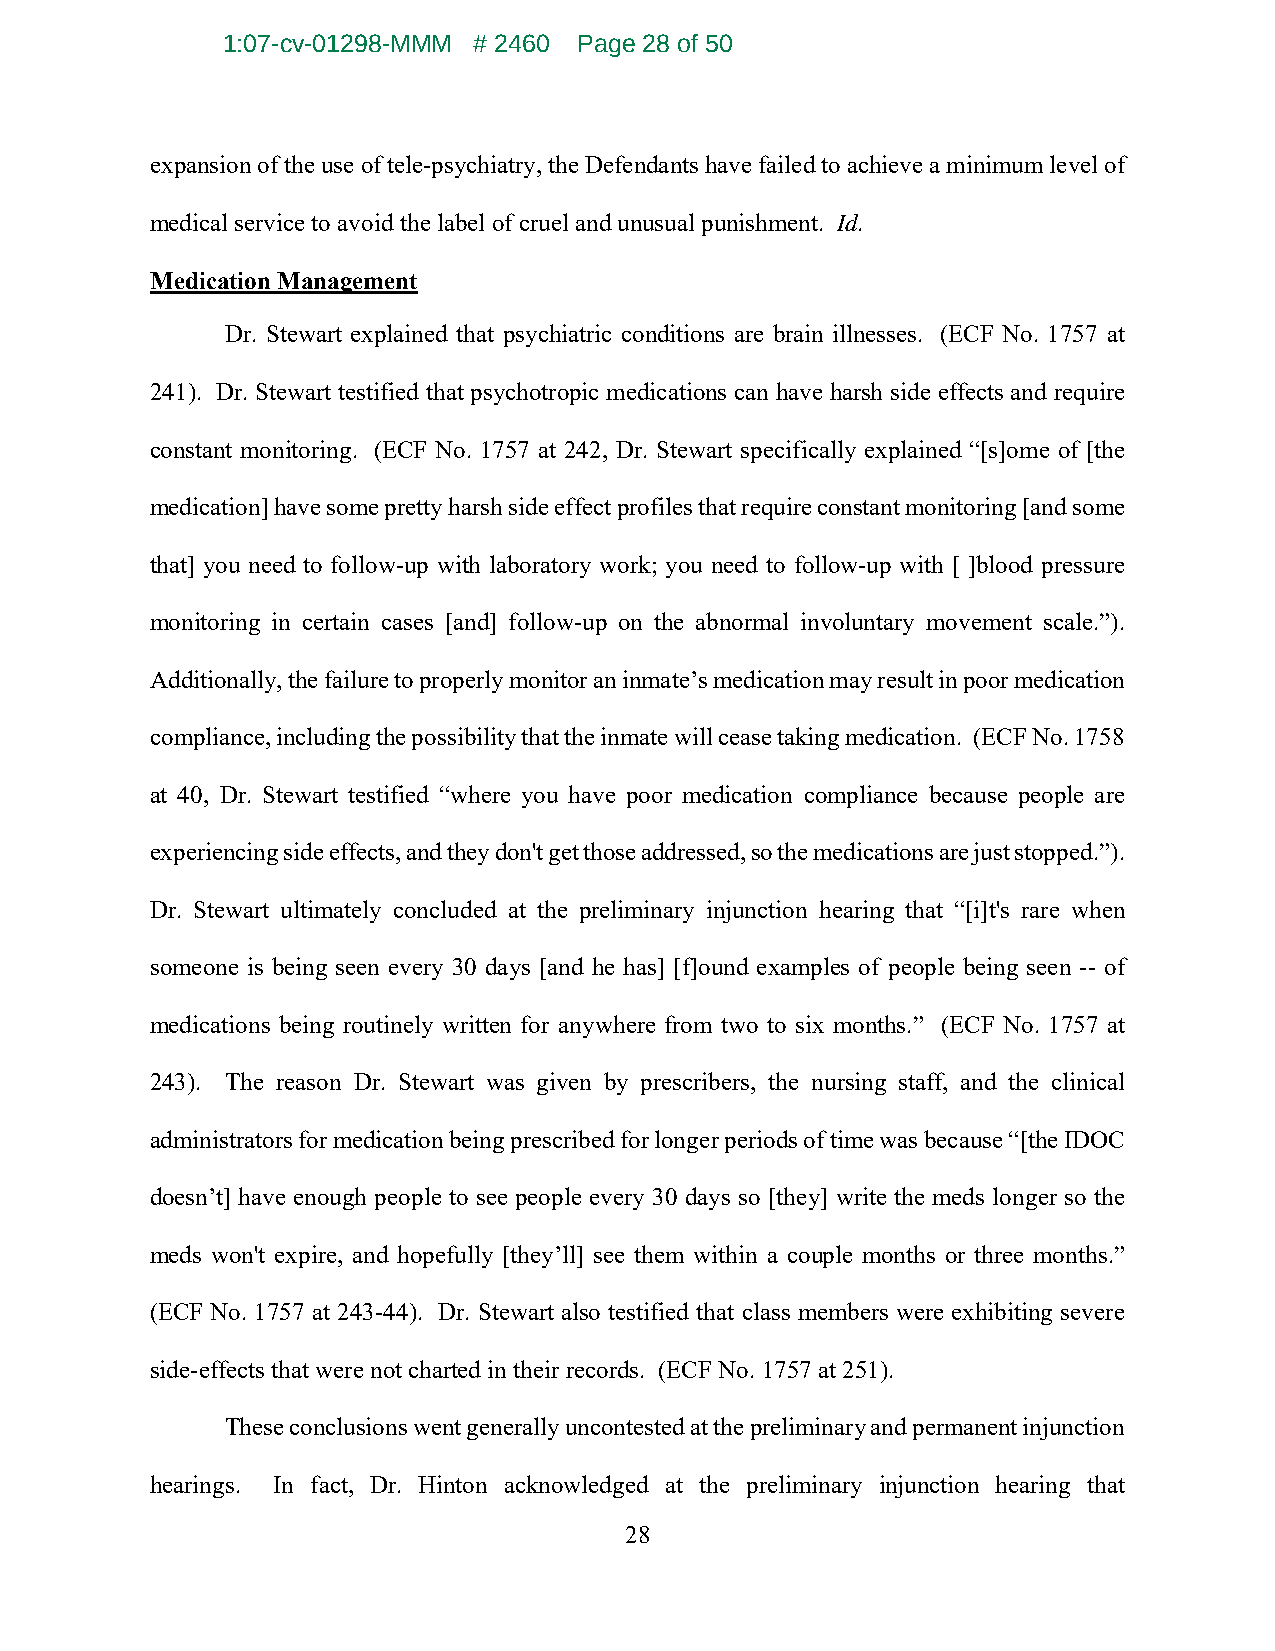
1:07-cv-01298-MMM # 2460 Page 28 of 50
 expansion of the use of tele-psychiatry, the Defendants have failed to achieve a minimum level of
 medical service to avoid the label of cruel and unusual punishment. Id.
 Medication Management
 Dr. Stewart explained that psychiatric conditions are brain illnesses. (ECF No. 1757 at
 241). Dr. Stewart testified that psychotropic medications can have harsh side effects and require
 constant monitoring. (ECF No. 1757 at 242, Dr. Stewart specifically explained “[s]ome of [the
 medication] have some pretty harsh side effect profiles that require constant monitoring [and some
 that] you need to follow-up with laboratory work; you need to follow-up with [ ]blood pressure
 monitoring in certain cases [and] follow-up on the abnormal involuntary movement scale.”).
 Additionally, the failure to properly monitor an inmate’s medication may result in poor medication
 compliance, including the possibility that the inmate will cease taking medication. (ECF No. 1758
 at 40, Dr. Stewart testified “where you have poor medication compliance because people are
 experiencing side effects, and they don't get those addressed, so the medications are just stopped.”).
 Dr. Stewart ultimately concluded at the preliminary injunction hearing that “[i]t's rare when
 someone is being seen every 30 days [and he has] [f]ound examples of people being seen -- of
 medications being routinely written for anywhere from two to six months.” (ECF No. 1757 at
 243). The reason Dr. Stewart was given by prescribers, the nursing staff, and the clinical
 administrators for medication being prescribed for longer periods of time was because “[the IDOC
 doesn’t] have enough people to see people every 30 days so [they] write the meds longer so the
 meds won't expire, and hopefully [they’ll] see them within a couple months or three months.”
 (ECF No. 1757 at 243-44). Dr. Stewart also testified that class members were exhibiting severe
 side-effects that were not charted in their records. (ECF No. 1757 at 251).
 These conclusions went generally uncontested at the preliminary and permanent injunction
 hearings. In fact, Dr. Hinton acknowledged at the preliminary injunction hearing that
 28